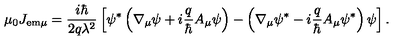
\mu _ { 0 } J _ { \mathrm { e m } \mu } = \frac { i \hbar } { 2 q \lambda ^ { 2 } } \left[ \psi ^ { * } \left( \nabla _ { \mu } \psi + i \frac { q } { \hbar } A _ { \mu } \psi \right) - \left( \nabla _ { \mu } \psi ^ { * } - i \frac { q } { \hbar } A _ { \mu } \psi ^ { * } \right) \psi \right] .